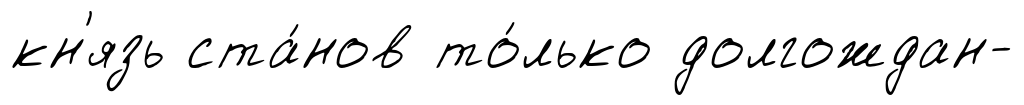
кн'язь ста́нов то́лько долгождан-